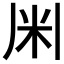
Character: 𫂱